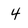
Character: 4